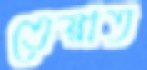
তেয়াত